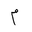
Letter: _mim